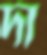
দা